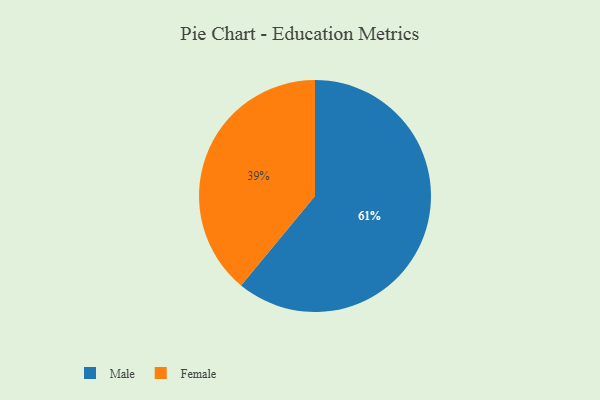
{"axis": {"x": "Category", "y": "Percentage"}, "legend": ["Female", "Male"], "data": [{"x": "Male", "y": 61, "type": "Male"}, {"x": "Female", "y": 39, "type": "Female"}]}